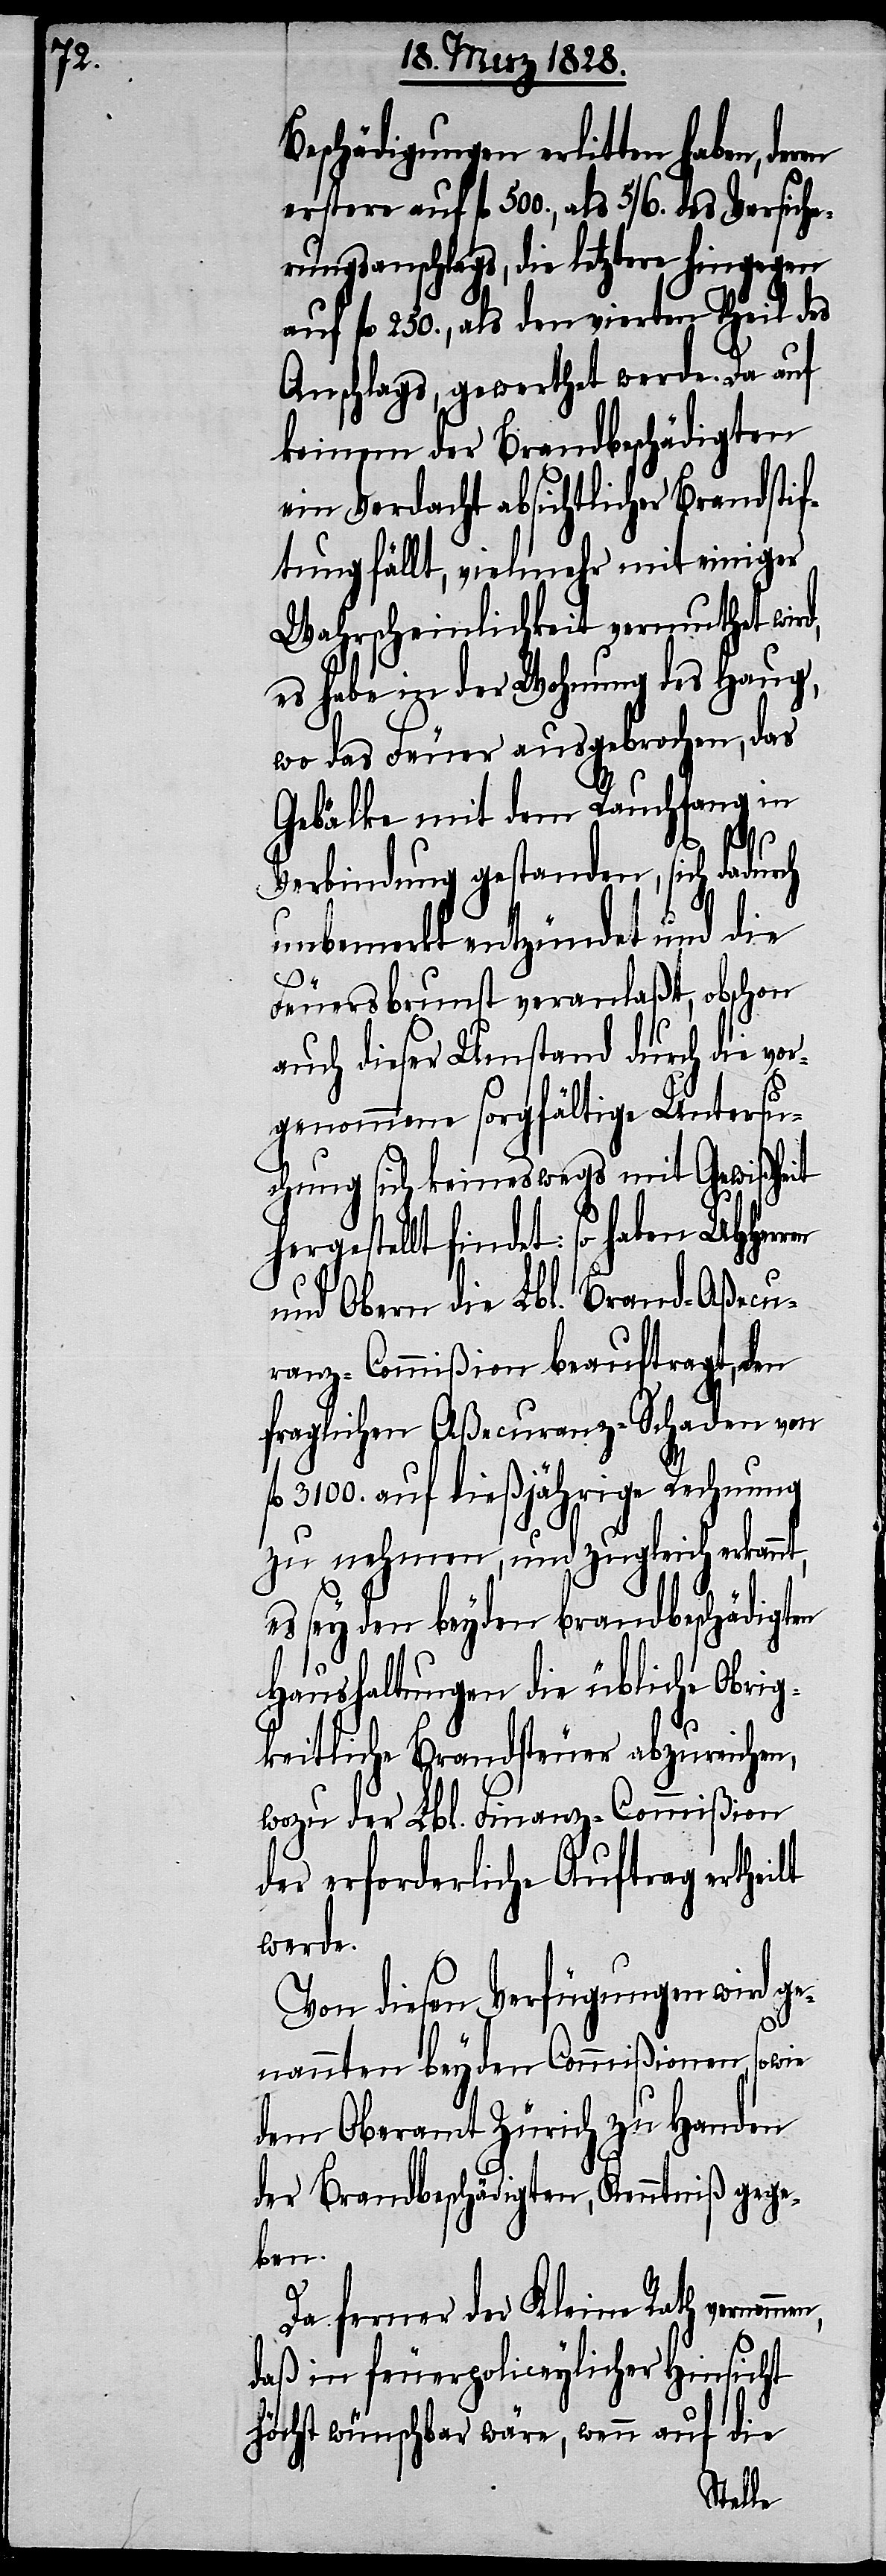
Beschädigungen erlitten haben,
erstere auf fl. 500., als 5/6. des Versiche¬
rungsanschlags, die letztere hingegen
auf fl. 250., als den vierten Theils des
Anschlags, gewerthet werde. Da auf
keinen der Brandbeschädigten
ein Verdacht absichtlicher Brandstif¬
tung fällt, vielmehr mit einiger
Wahrscheinlichkeit vermuthet wird,
es habe in der Wohnung des Haug,
wo das Feuer ausgebrochen, das
Gebälke mit dem Rauchfang in
Verbindung gestanden, sich dadurch
unbemerkt entzündet und die
Feuersbrunst veranlaßt, obschon
auch dieser Umstand durch die vor¬
genommene sorgfältige Untersu¬
chung sich keineswegs mit Gewißheit
gestellt findet: so haben UHHerr¬
und Obern die Lbl. Brand-Aßecu¬
ranz-Commißion beauftragt, den
fraglichen Aßecuranz-Schaden von
3100. auf dießjährige Rechnung
zu nehmen, und zugleich erkannt,
es sey den beyden brandbeschädigten
Haushaltungen die übliche Obrig¬
keitliche Brandsteuer abzureichen,
wozu der Lbl. Finanz-Commißion
der erforderliche Auftrag ertheilt
werde.
Von dieser Verfügung wird ge¬
fl.
nannten beyden Commißionen, so
dem Oberamt Zürich zu Handen
der Brandbeschädigten, Kenntniß gege¬
men,
Da ferner der Kleine Rath vernom¬
daß in feuerpoliceylicher Hinsicht
höchst wünschbar wäre, wenn auf die